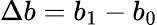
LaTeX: \Delta b=b_{1}-b_{0}